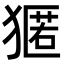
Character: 𭸢